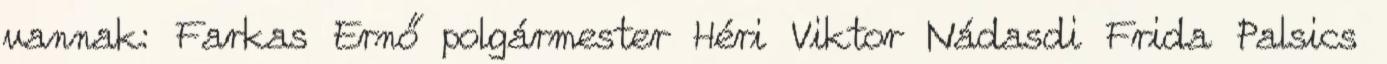
vannak: Farkas Ernő polgármester Héri Viktor Nádasdi Frida Palsics